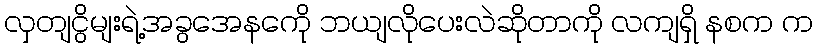
လှတျငွိမျးရဲ့အခွအေနကေို ဘယျလိုပေးလဲဆိုတာကို လကျရှိ နစက က